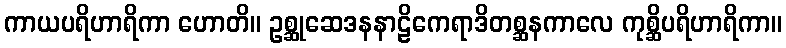
ကာယပရိဟာရိကာ ဟောတိ။ ဥစ္ဆုဆေဒနနာဠိကေရာဒိတစ္ဆနကာလေ ကုစ္ဆိပရိဟာရိကာ။